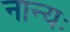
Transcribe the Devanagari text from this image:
नान्यः